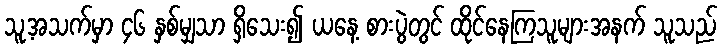
သူ့အသက်မှာ ၄၆ နှစ်မျှသာ ရှိသေး၍ ယနေ့ စားပွဲတွင် ထိုင်နေကြသူများအနက် သူသည်